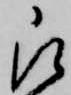
被